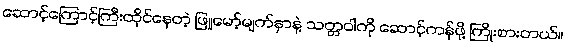
ဆောင့်ကြောင့်ကြီးထိုင်နေတဲ့ ဖြူမော့်မျက်နှာနဲ့ သတ္တဝါကို ဆောင့်ကန်ဖို့ ကြိုးစားတယ်။